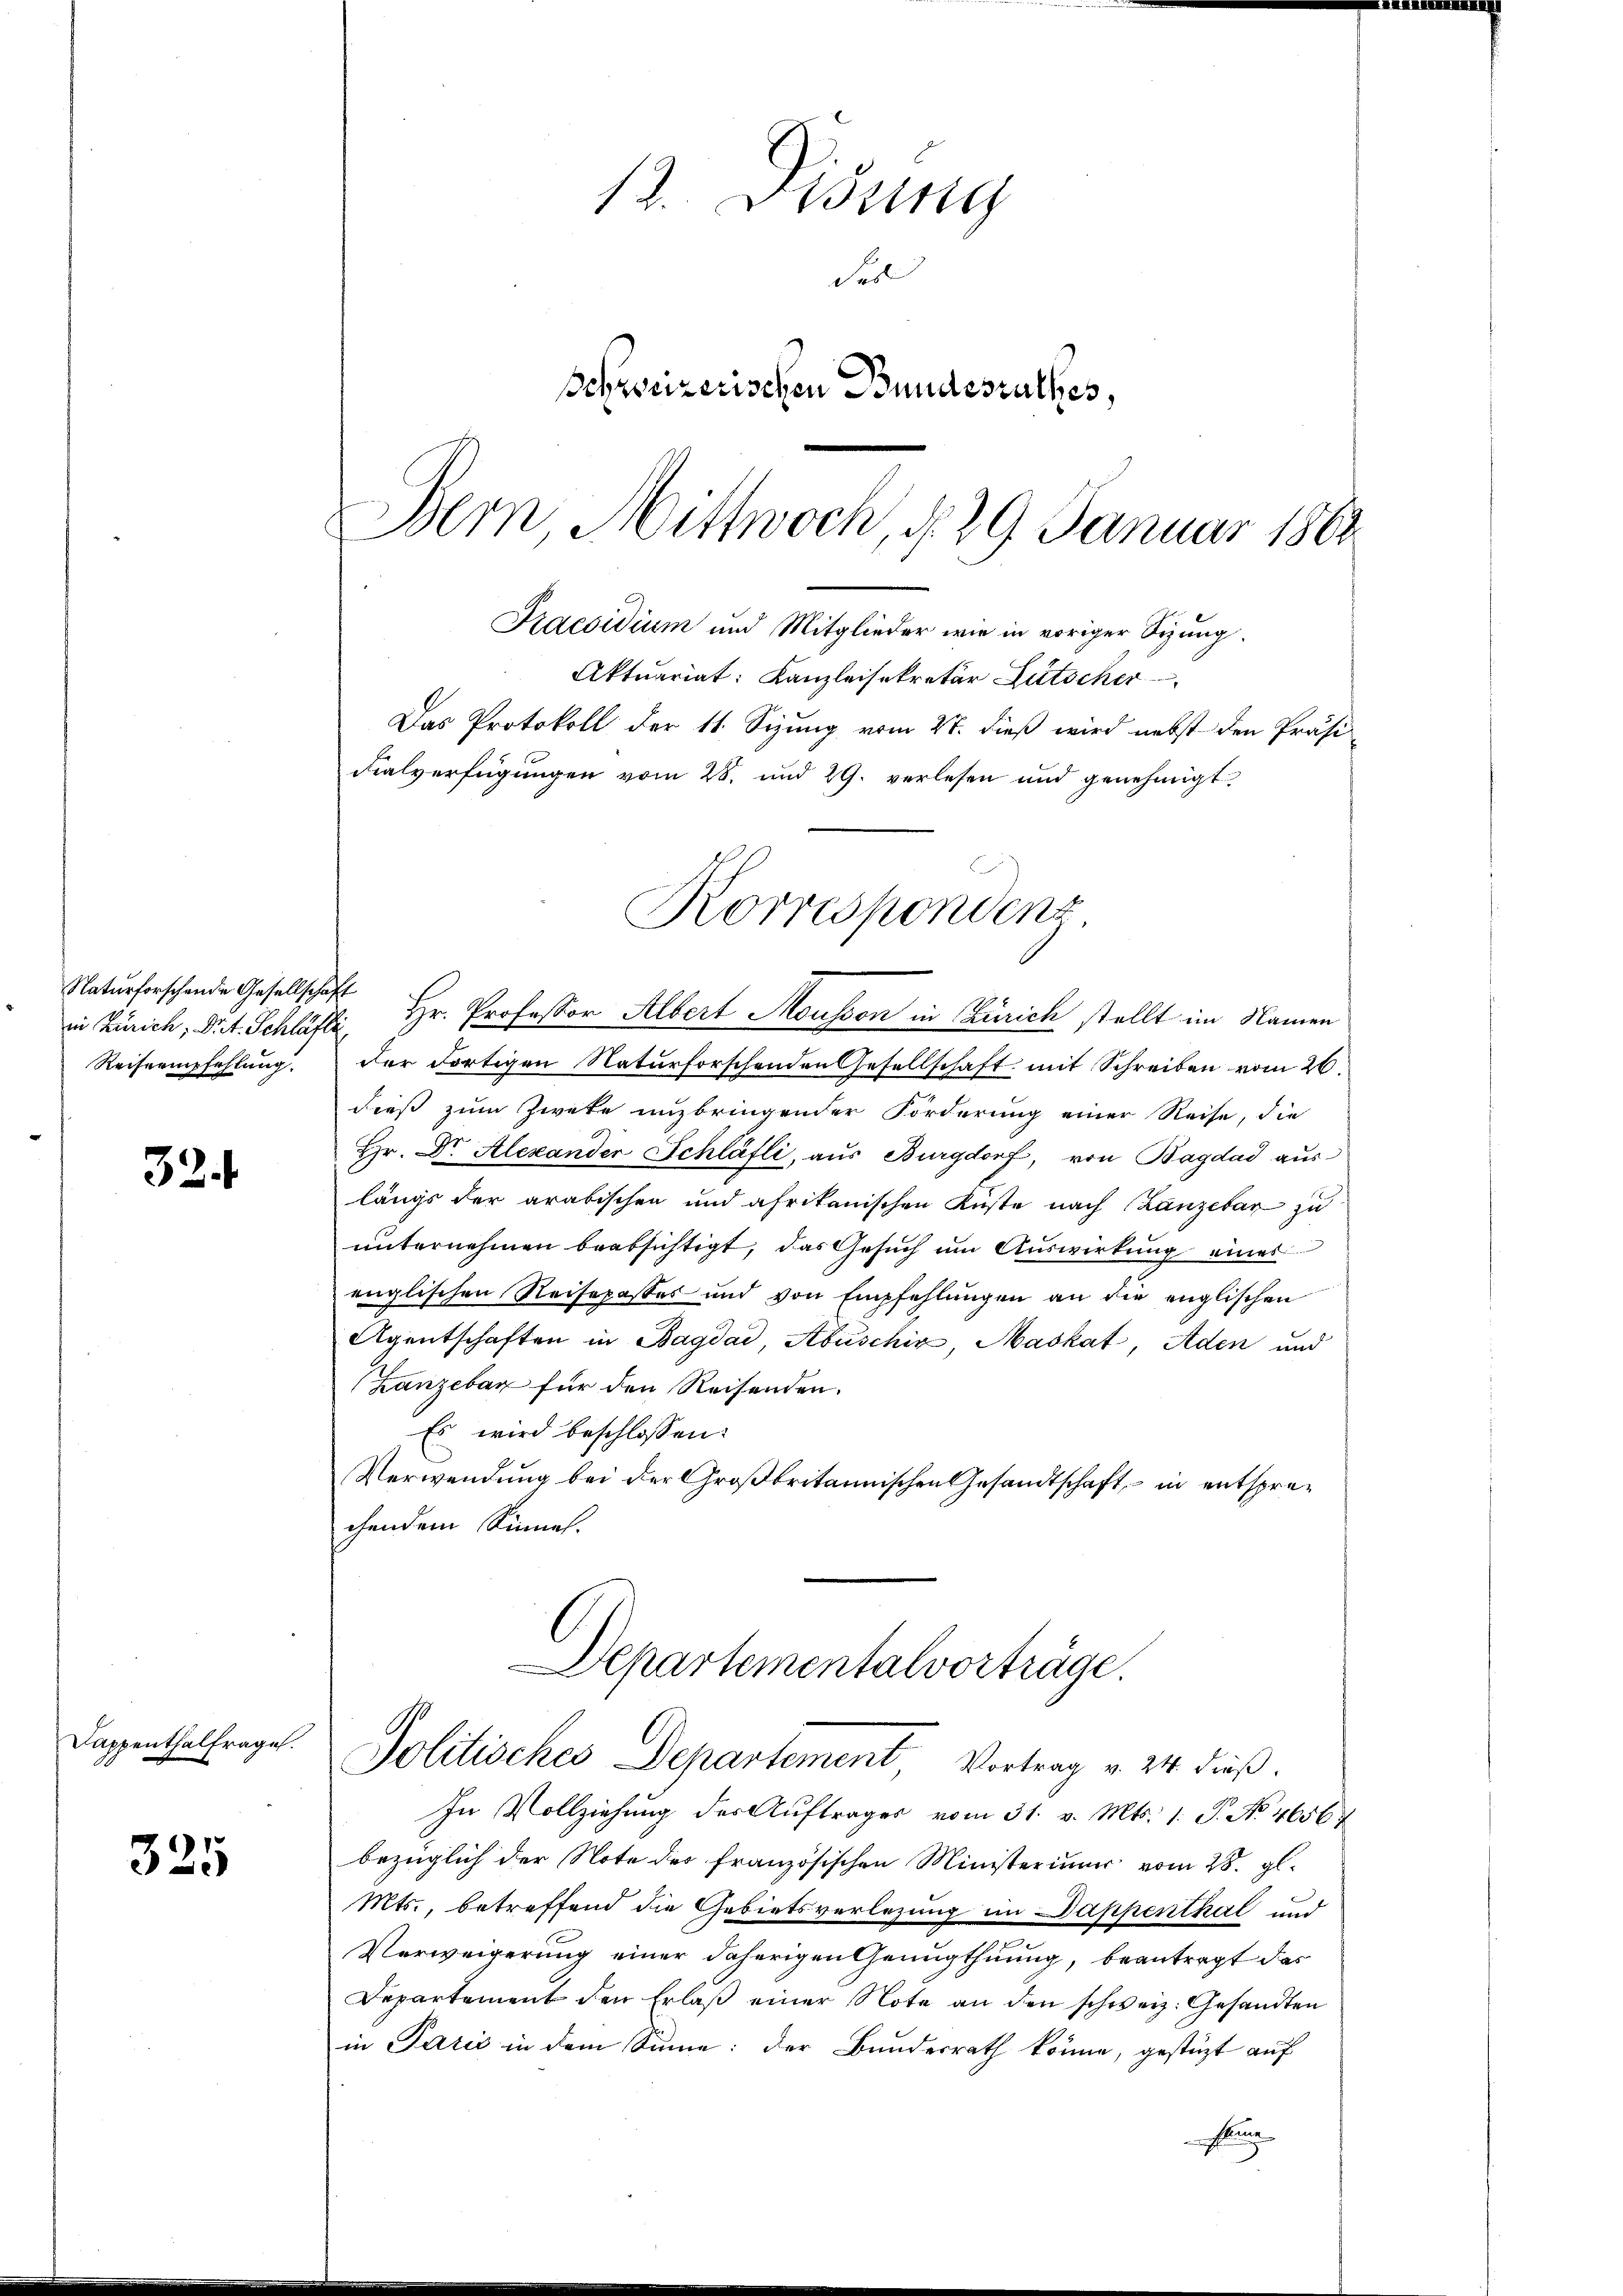
Naturforschende Gesellschaft

32.

Dappenthalfrage.

325

13. Disung
Fell
Schweizerischen Bundesrathes,
Bern Mittwoch, d. 29. Januar 1862

in Zürich, Art. Schläsi Hr. Professor Albert Mousson in Zürich stellt im Namen
Reisempfehlung. Der dortigen Naturforschenden Gesellschaft mit Schreiben vom 26.
dieß zum Zwete unzbringender Forderung einer Reise, die
Hr. Dr. Alexander Schläfli, aus Burgdorf, von Bagdad auslängs der arabischen und afrikanischen Küste nach Lanzebar zu
unternehmen beabsichtigt, das Gesuch um Auswirkung eines
englischen Reisepasses und von Empfehlungen an die englischen
Agentschaften in Bagdad, Abuschia, Maskat, Aden und
Lanzebar für den Reisenden.
Es wird beschlossen:
Verwendung bei der Großbritannischen Gesandtschaft, – in entsprechendem Sinnen.

Korrespondent

Praesidium und Mitglieder wie in voriger Sizung.
Aktuariat: Kanzleisekretär Lutscher
Das Protokoll der 11. Sizung vom 4t. dieß wird nebst den Präsi-
Fialverfügungen vom 28. und 29. verlesen und genehmigt.

Departementalvorträge.
Politisches Departement Vortrag u. 24. dieß.

In Vollziehung der Auftrages vom 31. v. Mts. 1. P. No 46567
bezüglich der Note des Französischen Ministerium vom 28. gl.
Mts., betreffend die Gebietsverlegung im Dappenthal und
Verweigerung einer daherigen Genugthuung, beantragt das
Departement den Erlaß einer Note an den schweiz. Gesandten
in Paris in dem Sinne: der Bundesrath könne, gestüzt auf
Plane